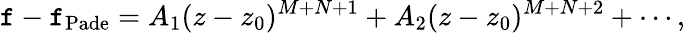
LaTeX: \mathtt{f}-\mathtt{f}_{\mathrm{{Pade}}}=A_{1}(z-z_{0})^{M+N+1}+A_{2}(z-z_{0})^{M+N+2}+\cdots,